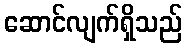
ဆောင်လျက်ရှိသည်